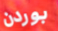
بوردن